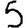
Digit: 5